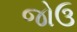
જોઉ